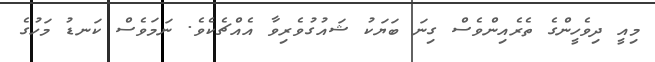
މިއީ ދިވެހީންގެ ތެރެއިންވެސް ގިނަ ބަޔަކު ޝައުގުވެރިވާ އެއްޗެކެވެ. ނަމަވެސް ކަނޑު މަހުގެ